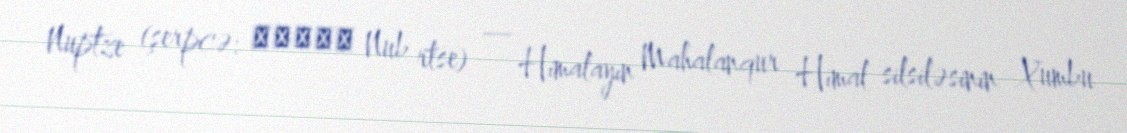
Nuptze (şerpcə: नुबचे Nub rtse) — Himalayın Mahalanqur Himal silsiləsinin Xumbu